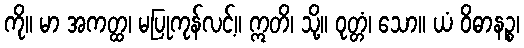
ကို။ မာ အကတ္ထ၊ မပြုကုန်လင့်။ ဣတိ၊ သို့။ ဝုတ္တံ၊ သော။ ယံ ဝိဓာနဉ္စ၊